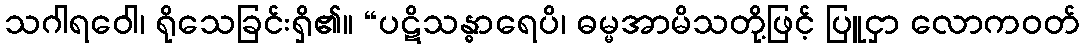
သဂါရဝေါ၊ ရိုသေခြင်းရှိ၏။ “ပဋိသန္ဓာရေပိ၊ ဓမ္မအာမိသတို့ဖြင့် ပြူငှာ လောကဝတ်